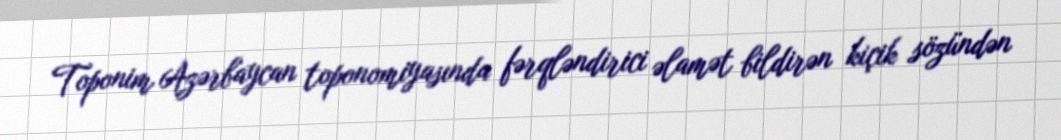
Toponim Azərbaycan toponomiyasında fərqləndirici əlamət bildirən kiçik sözündən